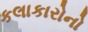
કલાકારોનો